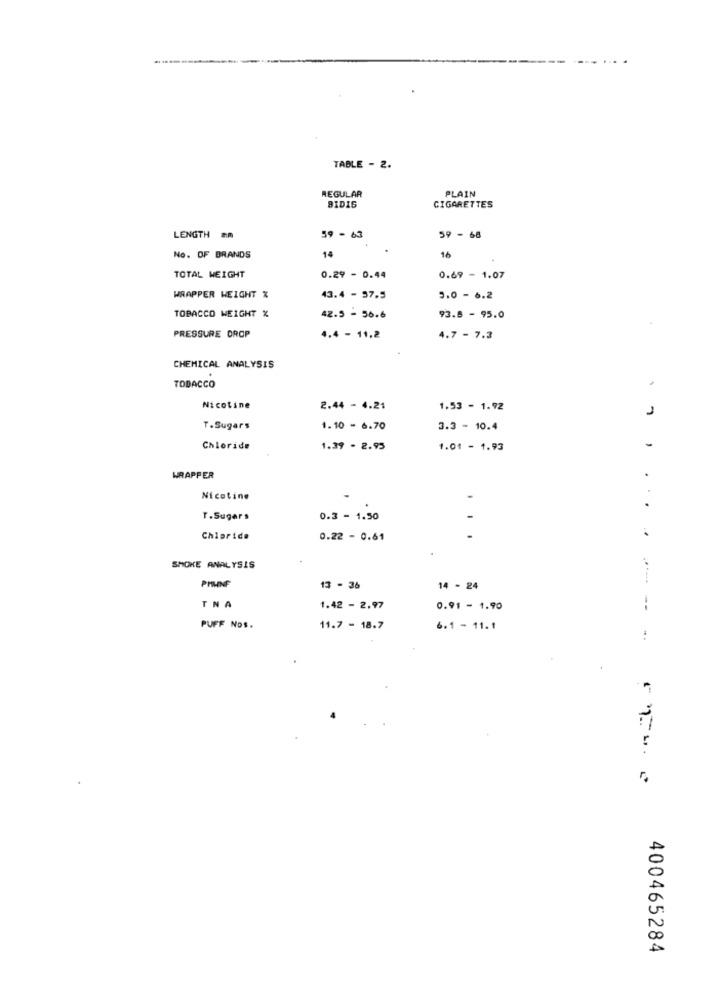
TABLE - 2.
REGULAR
PLAIN
BIDIS
CIGARETTES
LENGTH .m
59 -63
59 -68
16
No. OF BRANDS
14
TOTAL WEIGHT
0.29 - 0.44
0.69 - 1.07
WRAPPER WEIGHT %
43.4 - 57.5
3.0 - 6.2
TOBACCO WEIGHT %
42.5 - 56.6
93.8 - 95.0
PRESSURE DROP
4.4 - 11,2
4.7 - 7.3
CHEMICAL ANALYSIS
TOBACCO
Nicotine
2.44 - 4.21
1.53 - 1.92
J
T.Sugars
1.10 - 6.70
3.3 - 10.4
-
Chloride
1.39 - 2.93
1.01 - 1.93
WRAPPER
Nicotine
..
T.Sugars
0.3 - 1.50
..
Chipride
0.22 - 0.61
SMOKE ANALYSIS
PHUNF
13 - 36
14 - 24
TNA
1.42 - 2.97
0.91 - 1.90
--
PUFF Nos.
11.7 - 18.7
6.1 - 11.1
..
400465284